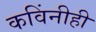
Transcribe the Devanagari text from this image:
कविंनीही